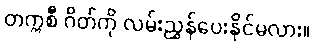
တက္ကစီ ဂိတ်ကို လမ်းညွှန်ပေးနိုင်မလား။